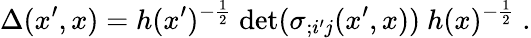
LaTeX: \Delta(x^{\prime},x)=h(x^{\prime})^{-\frac{1}{2}}~\mathrm{det}(\sigma_{;i^{\prime}j}(x^{\prime},x))~h(x)^{-\frac{1}{2}}\ .